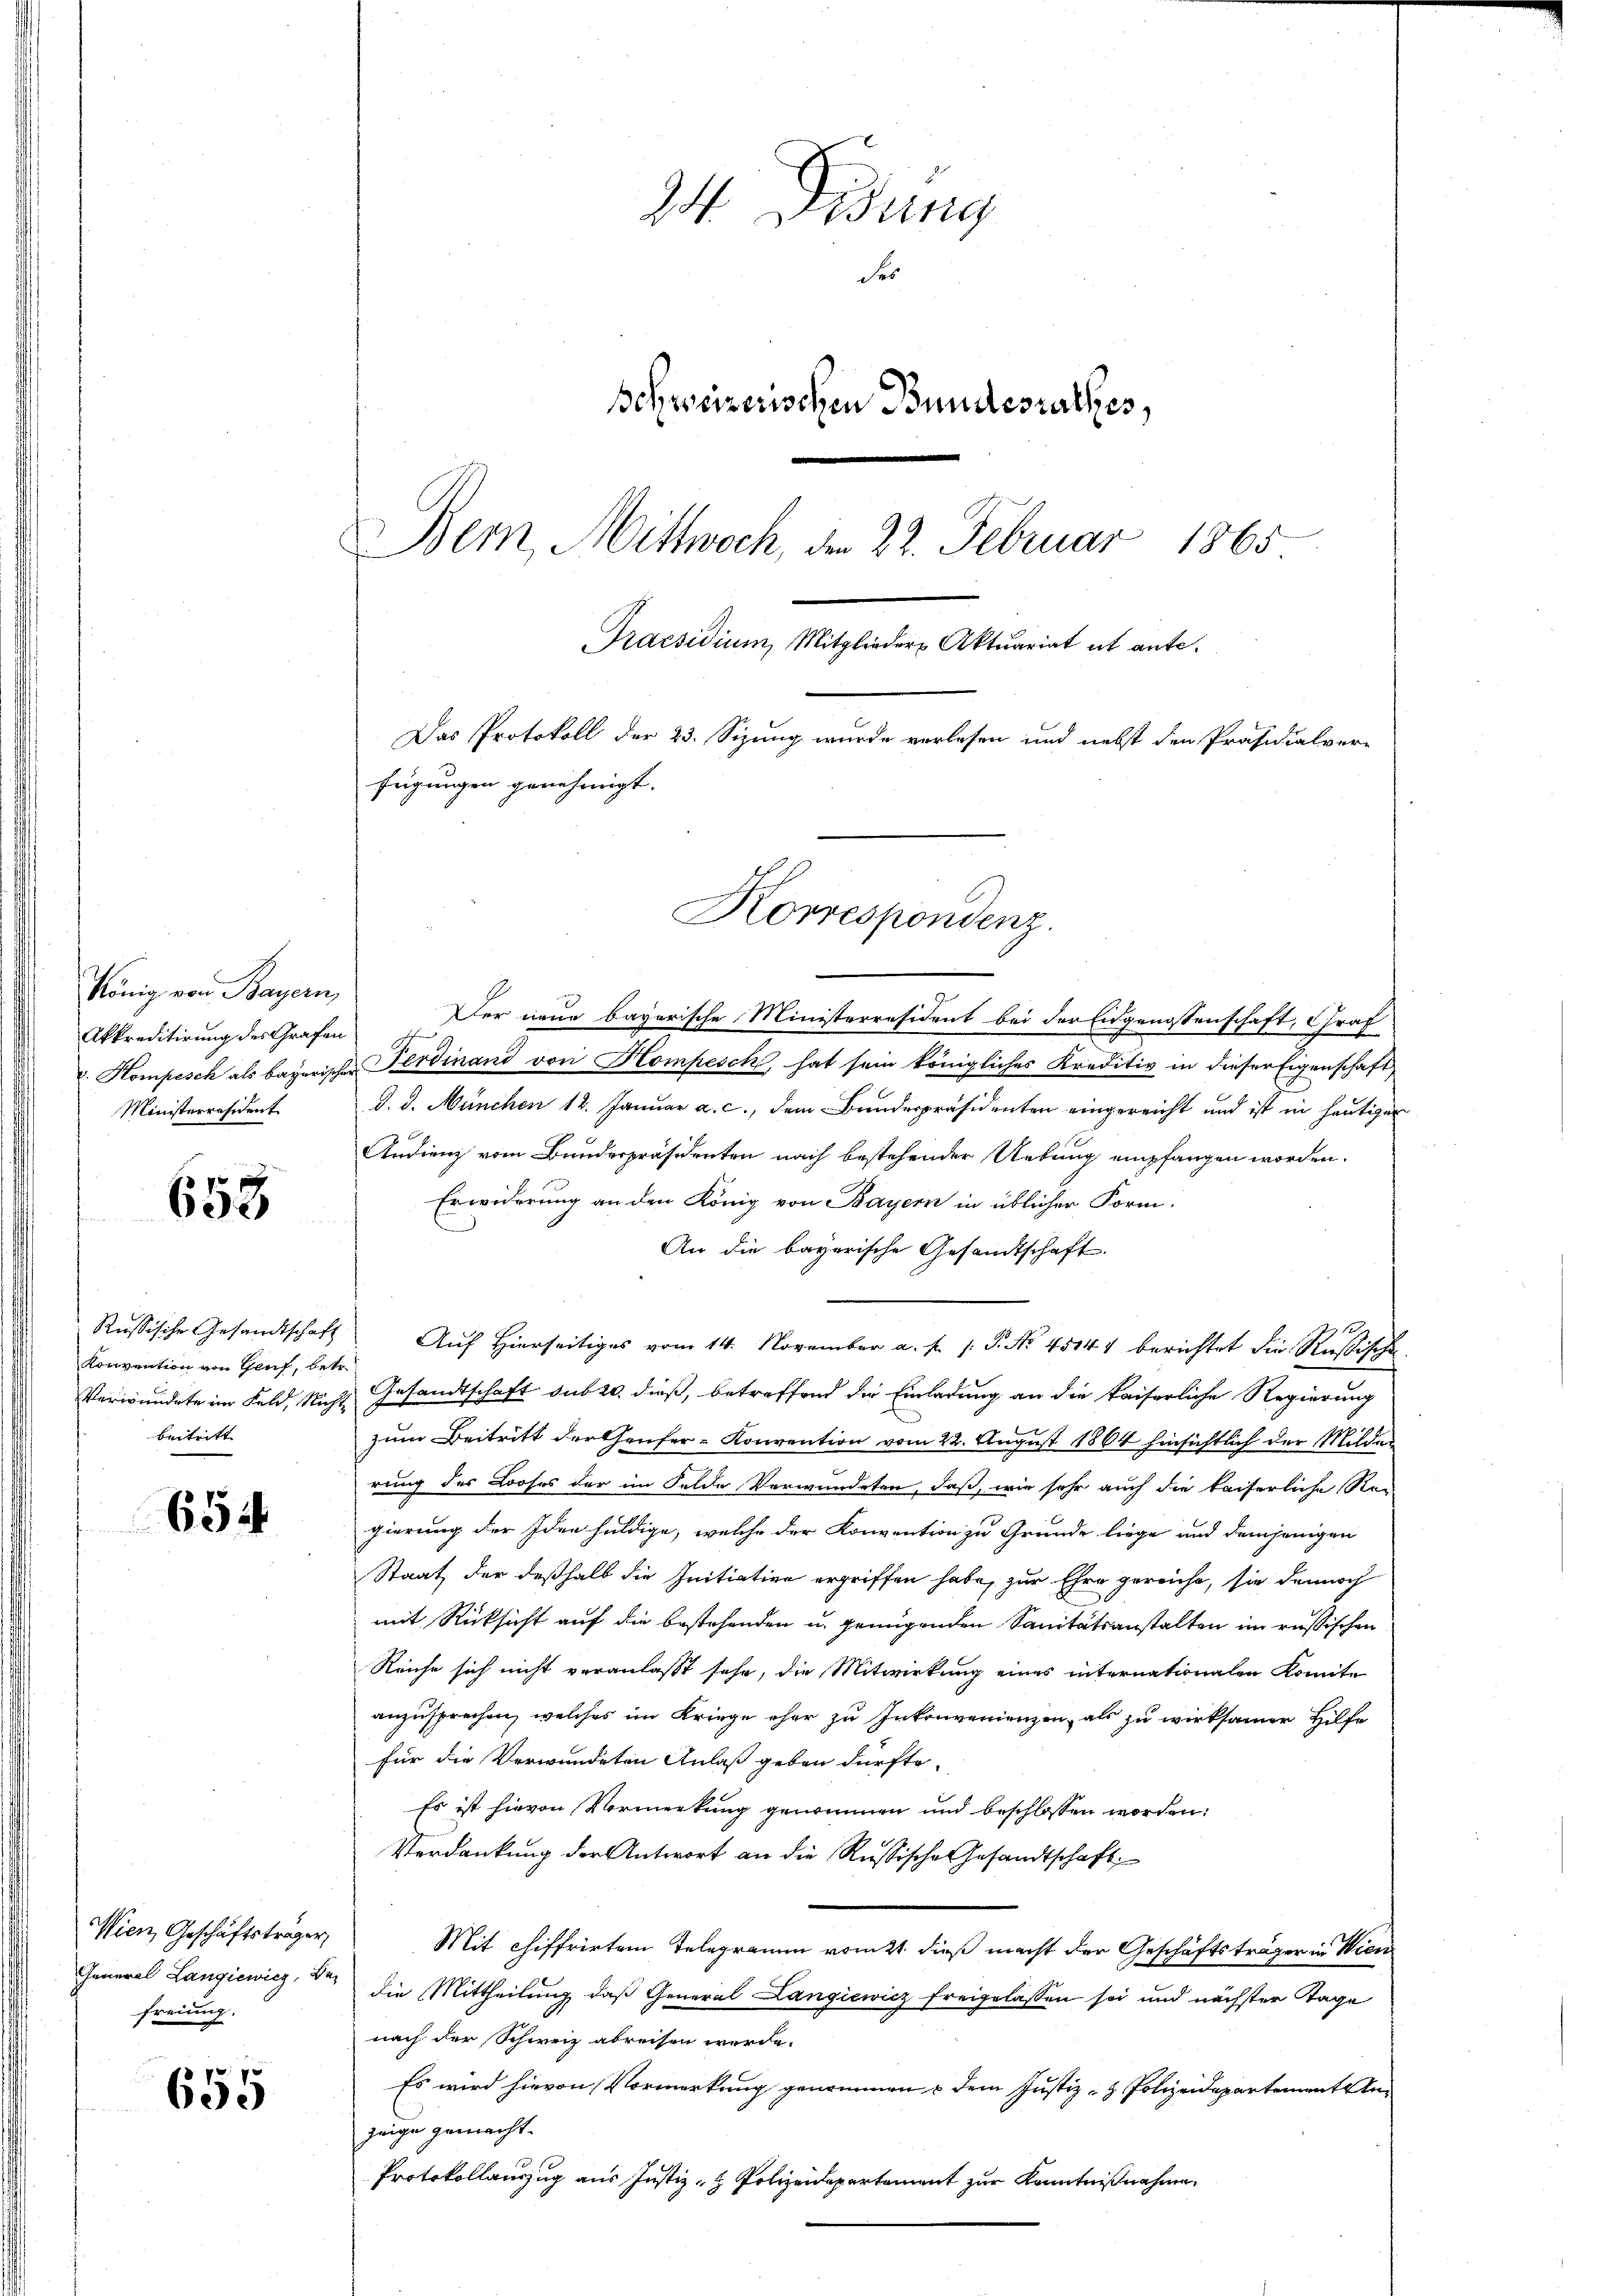
König von Bayern,
Akkreditirung des Grafen
Ministerresident

658

Konvention von Gruf, betr.
Verwundete im Feld, Nicht
beitritt |

654

Wien, Geschäftsträger,
freiung.

2
600

24. Disung
Se
Schweizerischen Bundesrathes,
Bem, Mittwoch, den 22. Februar 1865
Praesidium, Mitglieder Aktuariat et ante.
Das Protokoll der 23. Sizung wurde verlesen und nebst den Präsidialver-
fügungen genehmigt.

Der neue bayerische Ministerresident bei der Eidgenossenschaft, Graf
. Kompesch als bayerischen Ferdinand von Kompesch, hat sein königliches Kreditiv in dieser Eigenschaft
d. d. München 12. Januar a. c., dem Bundespräsidenten eingereicht und ist in heutigen
Andienz vom Bundespräsidenten nach bestehender Uebung empfangen worden.
Erwiderung an den König von Bayern in üblicher Form.
An die bayerische Gesandtschaft.
Russische Gesandtschaft Auf Hierseitiges vom 14. November a. f. 1. P. Nr. 45144 berichtet die Rußische
Gesandtschaft sub 20. dieß, betreffend die Einladung an die kaiserliche Regierung
zum Beitritt der Teufer- Konvention vom 22. August 1864 hinsichtlich der Milderung des Looses der im Felde Verwundeten, daß, wie sehr auch die kaiserliche Re-
gierung der Idee huldige, welche der Konvention zu Grunde liege und demjenigen
Staat der deßhalb die Initiation ergriffen habe, zur Ehre gereicht, sie dennoch
mit Rücksicht auf die bestehenden u. genügenden Sanitätsanstalten im russischen
Reiche sich nicht veranlaßt sehr, die Mitwirkung eines internationalen Komite
anzusprechen, welches im Kriege eher zu Inkonvenienzen, als zu wirksamer Hilfe
für die Verwundeten Anlaß geben dürfte.
Es ist hievon Vormerkung genommen und beschlossen worden:
Verdankung der Antwort an die Russische Gesandtschaft
Mit chiffrirten Telegramm vom 2t dieß macht der Geschäftsträger in Wien
General Langiewicz, der die Mittheilung das General Langiewicz freigelassen sei und nächster Tage
nach der Schweiz abreisen werde.
Es wird hievon Vormerkung genommen & dem Justiz- & Polizeidepartementste
zeige gemacht.
Protokollauszug aus Justiz- & Polizeidepartement zur Kenntnißnahme

Korrespondenz.